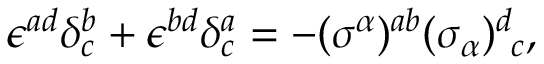
\epsilon ^ { a d } \delta _ { c } ^ { b } + \epsilon ^ { b d } \delta _ { c } ^ { a } = - ( \sigma ^ { \alpha } ) ^ { a b } ( \sigma _ { \alpha } ) _ { ~ c } ^ { d } ,